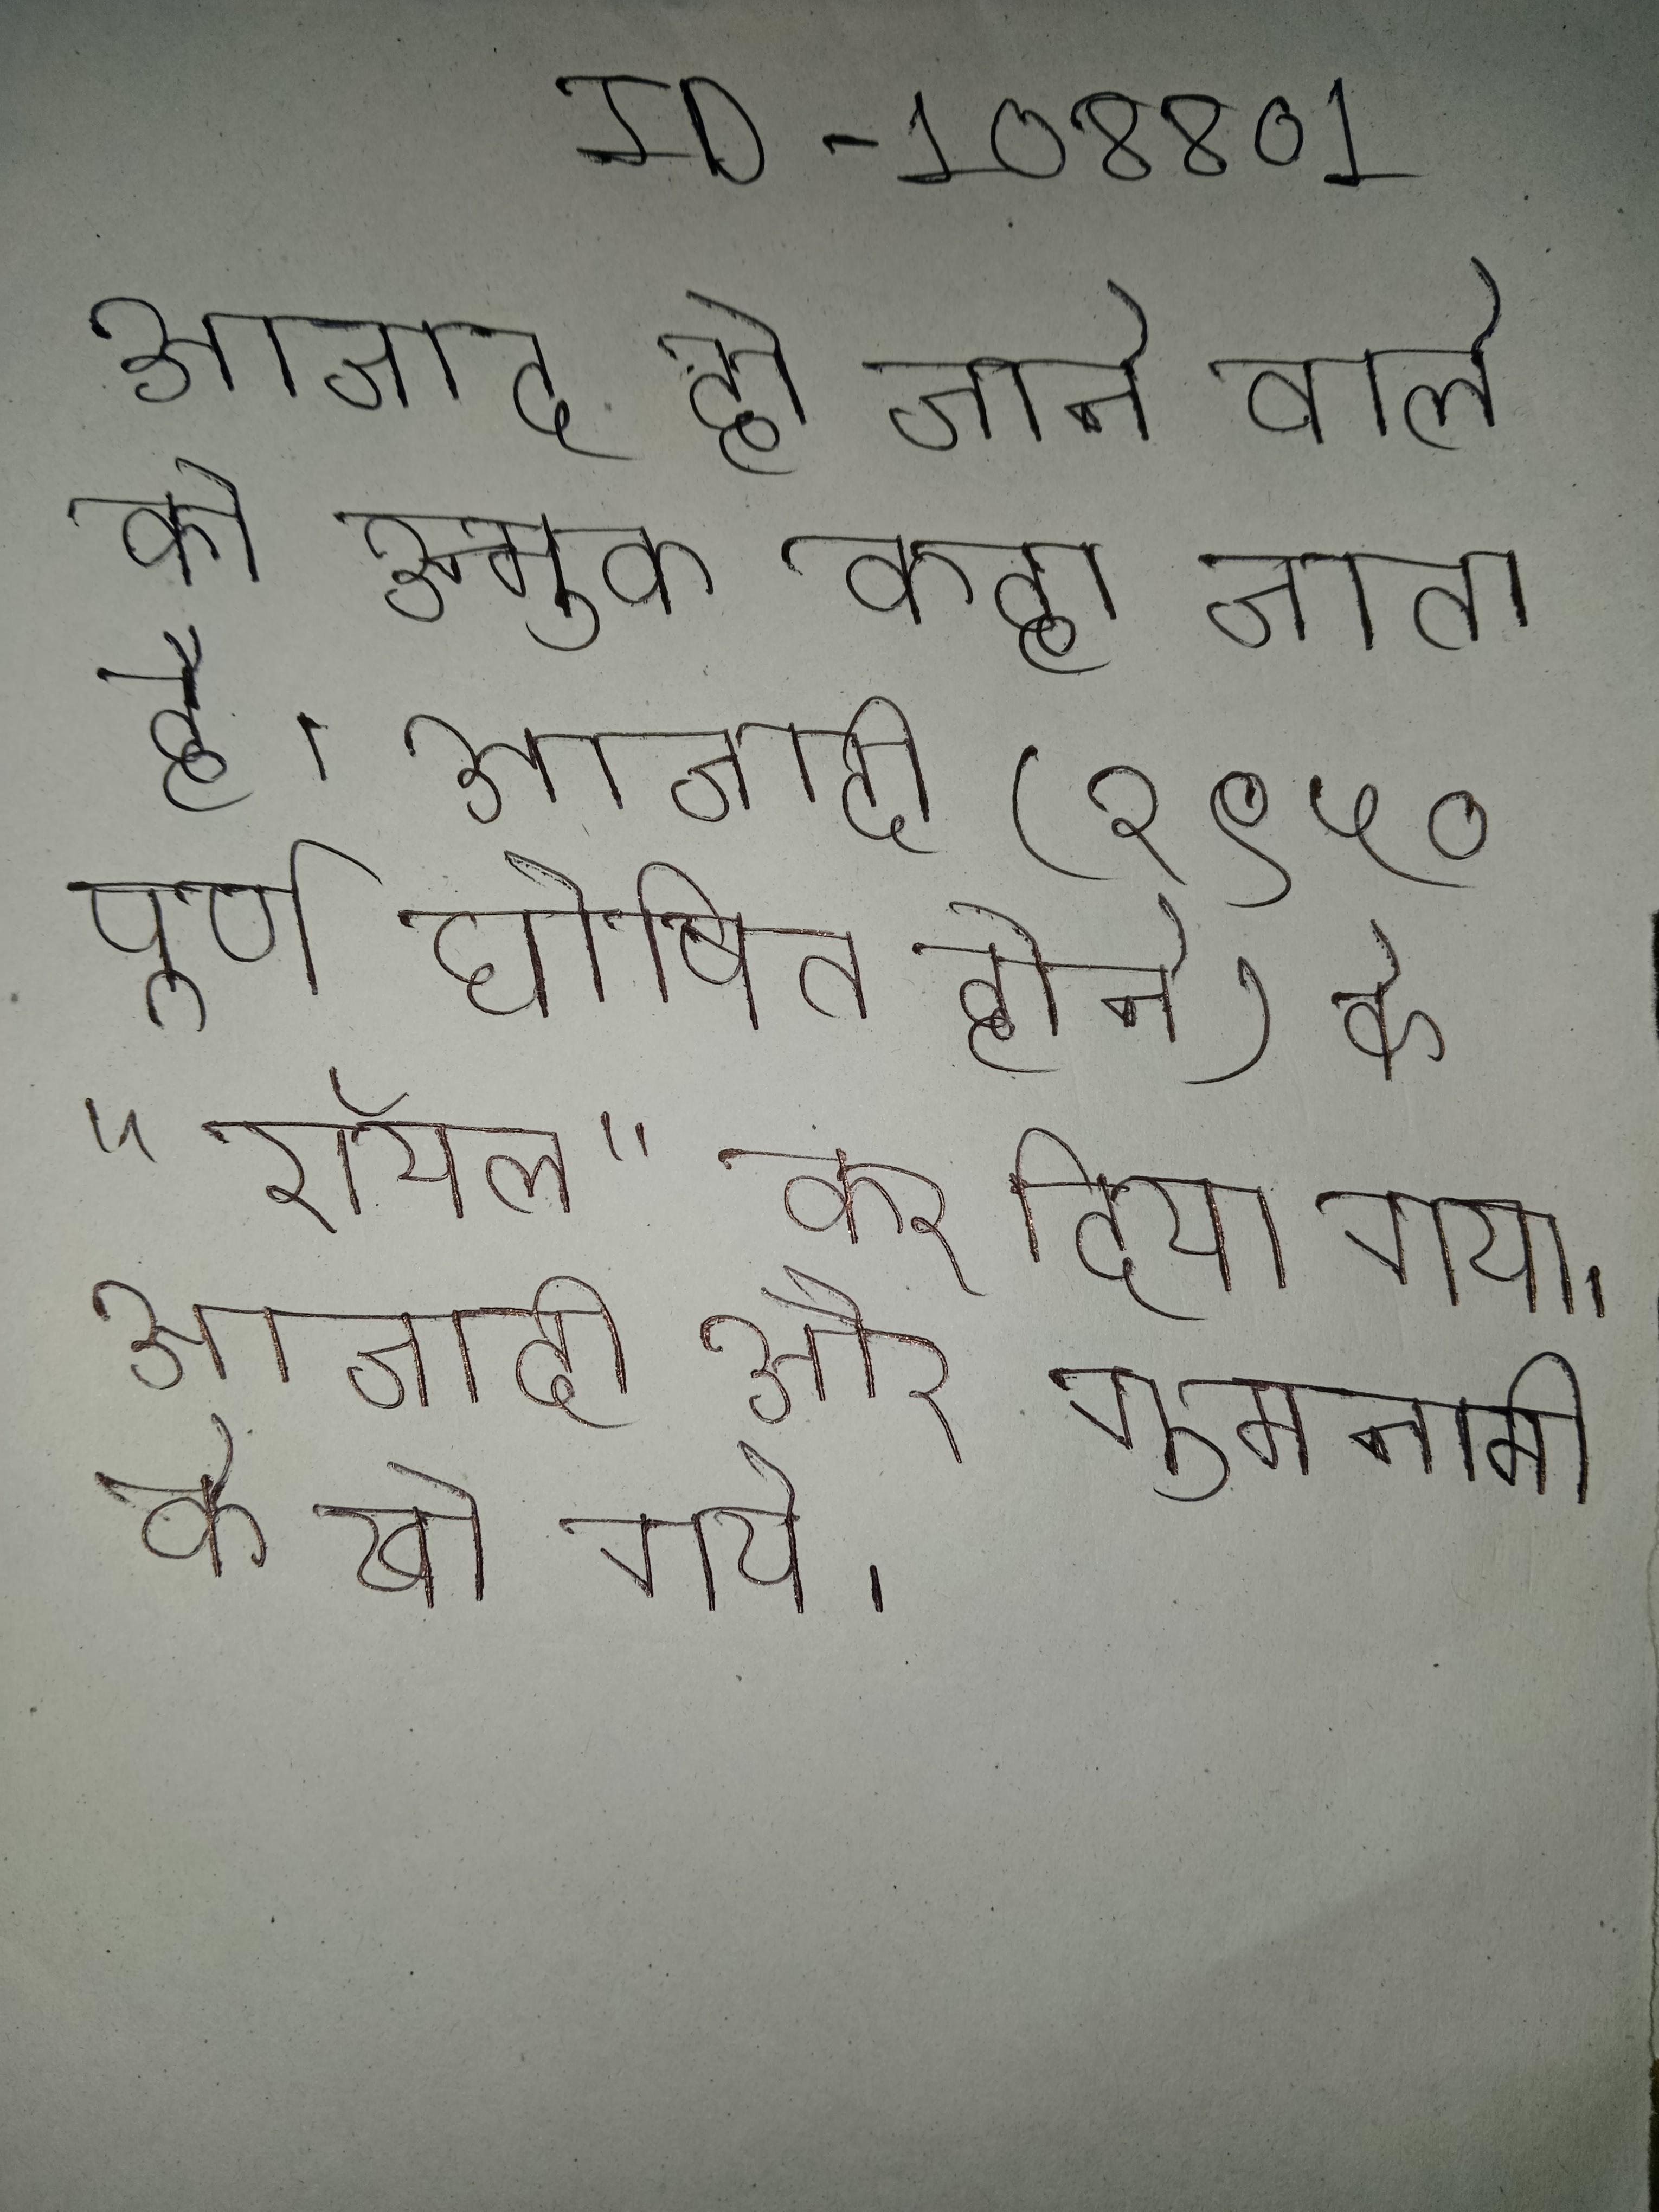
आजाद हो जाने वाले को उन्मुक्त कहा जाता है । आजादी (१९५० पूर्ण घोषित होने) के पश्च्यात से "रॉयल" शब्द हटाकर सिर्फ एयरफोर्स" कर दिया गया । आजादी और सत्ता के बाद बहुत सी इतिहास के कैद होकर गुमनामी के खो गये ।